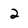
Character: 2